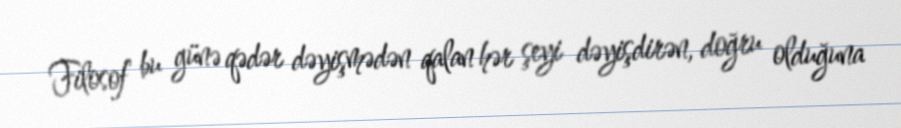
Filosof bu günə qədər dəyişmədən qalan hər şeyi dəyişdirən, doğru olduğuna